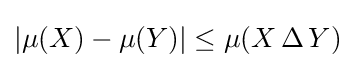
|\mu (X)-\mu (Y)|\leq \mu (X\,\Delta \,Y)